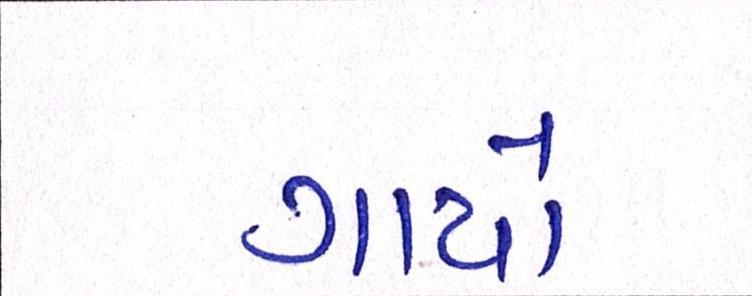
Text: ગાયો